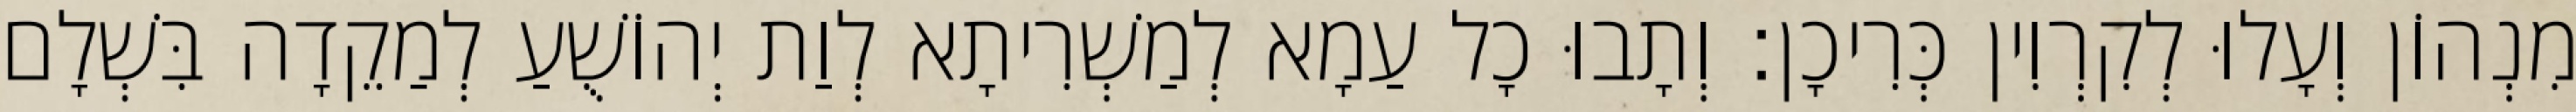
מִנְהוֹן וְעָלוּ לְקִרְוִין כְּרִיכָן׃ וְתָבוּ כָל עַמָא לְמַשְׁרִיתָא לְוַת יְהוֹשֻׁעַ לְמַקֵדָה בִּשְׁלָם